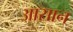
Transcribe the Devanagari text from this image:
अासान